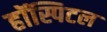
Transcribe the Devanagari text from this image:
हॉस्पिटल